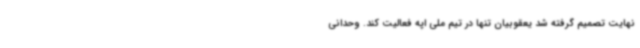
نهایت تصمیم گرفته شد یعقوبیان تنها در تیم ملی اپه فعالیت کند. وحدانی